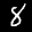
Label: 8